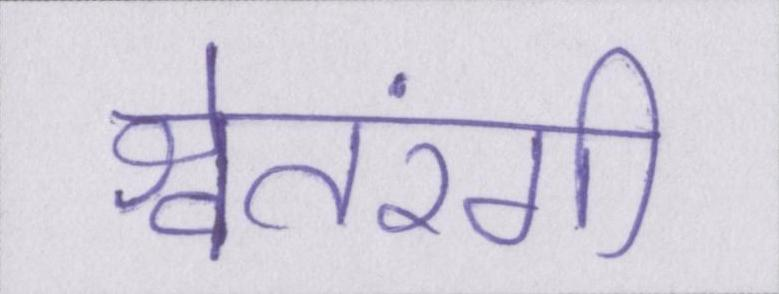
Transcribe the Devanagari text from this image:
श्वेतरंगी